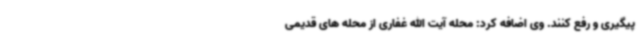
پیگیری و رفع کنند. وی اضافه کرد: محله آیت الله غفاری از محله های قدیمی